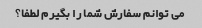
می توانم سفارش شما را بگیرم لطفا؟